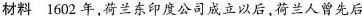
材料 1602年，荷兰东印度公司成立以后，荷兰人曾先后